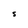
Character: S